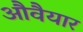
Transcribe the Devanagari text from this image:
औवैयार